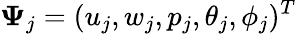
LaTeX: \mathbf{\Psi}_{j}=(u_{j},w_{j},p_{j},\theta_{j},\phi_{j})^{T}